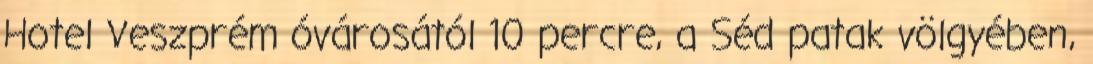
Hotel Veszprém óvárosától 10 percre, a Séd patak völgyében,